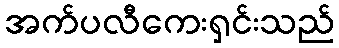
အက်ပလီကေးရှင်းသည်